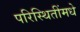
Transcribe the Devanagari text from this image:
परिस्थितींमधे